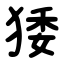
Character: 㹻